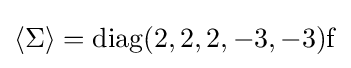
\langle \Sigma \rangle ={\rm {{diag}(2,2,2,-3,-3)f}}